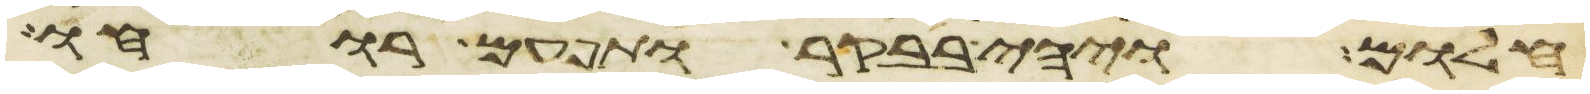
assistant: חלום ויהי בבקר ותפעם רוחו